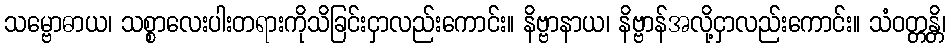
သမ္ဗောဓာယ၊ သစ္စာလေးပါးတရားကိုသိခြင်းငှာလည်းကောင်း။ နိဗ္ဗာနာယ၊ နိဗ္ဗာန်အလို့ငှာလည်းကောင်း။ သံဝတ္တန္တိ၊